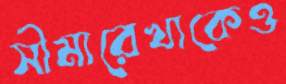
সীমারেখাকেও